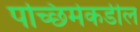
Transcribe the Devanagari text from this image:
पच्छिमेकडील